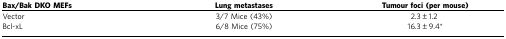
| Bax/Bak DKO MEFs | Lung metastases | Tumour foci (per mouse) |
 | --- | --- | --- |
 | Vector | 3/7 Mice (43%) | 2.3±1.2 |
 | Bcl-xL | 6/8 Mice (75%) | 16.3±9.4* |